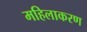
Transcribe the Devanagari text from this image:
महिलाकरण